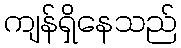
ကျန်ရှိနေသည်